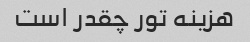
هزینه تور چقدر است